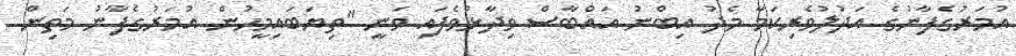
އުމަރުގެފާނުގެ އަދުލުވެރިކަމާ މެދު އިބްނު އައްބާސް ވިދާޅުވެފައި ވަނީ "ތިޔަބައިމީހުން އުމަރުގެފާނު މަތިން